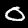
Digit: 0